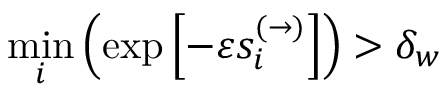
\underset { i } { \operatorname* { m i n } } \left( \exp \left[ - \varepsilon s _ { i } ^ { ( \to ) } \right] \right) > \delta _ { w }